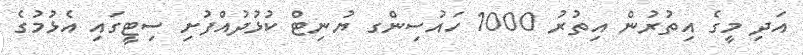
އަދި މީގެ އިތުރުން އިތުރު 1000 ހައުސިންގ ޔުނިޓް ކުޅުދުއްފުށި ސިޓީގައި އެޅުމުގެ